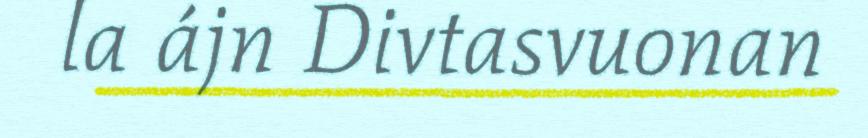
la ájn Divtasvuonan